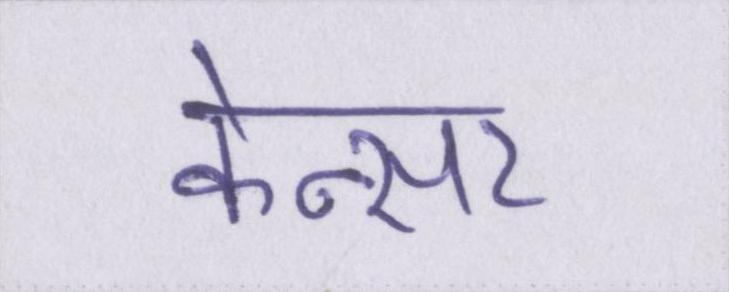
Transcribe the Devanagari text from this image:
केन्सर